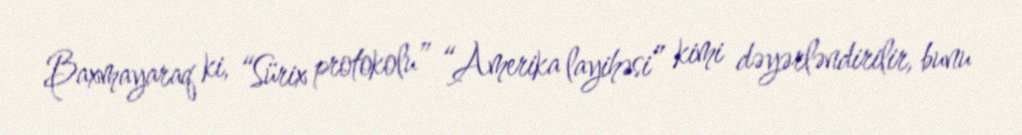
Baxmayaraq ki, “Sürix protokolu” “Amerika layihəsi” kimi dəyərləndirilir, bunu